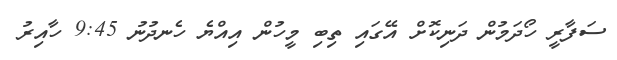
ސަފާރީ ހޯދަމުން ދަނިކޮށް އޭގައި ތިބި މީހުން އިއްޔެ ހެނދުނު 9:45 ހާއިރު